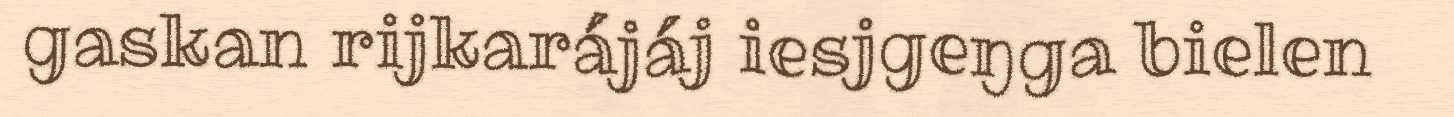
gaskan rijkarájáj iesjgeŋga bielen